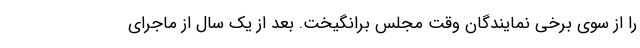
را از سوی برخی نمایندگان وقت مجلس برانگیخت. بعد از یک سال از ماجرای